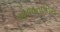
યોજનાકીય